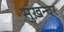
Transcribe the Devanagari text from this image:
सुख़न्वर